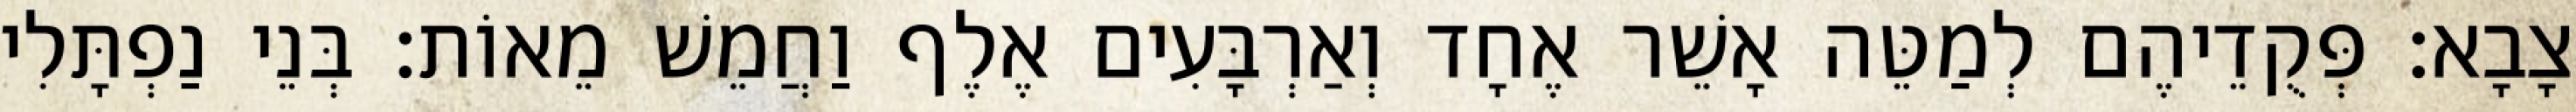
צָבָא׃ פְּקֻדֵיהֶם לְמַטֵּה אָשֵׁר אֶחָד וְאַרְבָּעִים אֶלֶף וַחֲמֵשׁ מֵאוֹת׃ בְּנֵי נַפְתָּלִי